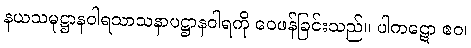
နယသမုဋ္ဌာနဝါရသာသနာပဋ္ဌာနဝါရကို ဝေဖန်ခြင်းသည်။ ပါကဋော ဧဝ၊